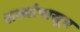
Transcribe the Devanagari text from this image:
शस्त्रांपासून